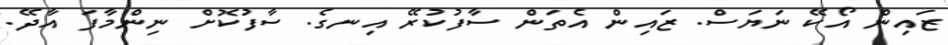
ޒައިން އޯކޭ ނަޔަސް. ޒައިން އެތަން ސާފުކުރޭ އިނގެ. ސާފުކޮށް ނިންމާފަ އާދޭ.